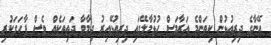
އޭނާގެ ދިރިއުޅުން ކިތަންމެ އަރާމަސް ހުޅުމާލޭގައި ދިރިއުޅޭއިރު ދިމާވާ ދަތިތަކެއް ވެސް ފާހަގަކުރި